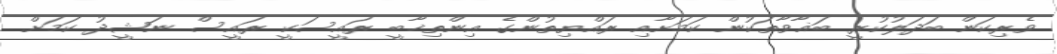
ވެރިކަން ބަދަލުކުރީ ބަޣާވާތަކުން ކަމަށާއި ރައްޔިތުންގެ އިންތިޚާބީ ރައީސަކީ ރައީސް ނަޝީދު ކަމަށް